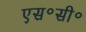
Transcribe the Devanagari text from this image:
एस॰सी॰